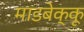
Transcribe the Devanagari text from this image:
माडबेक्कू